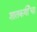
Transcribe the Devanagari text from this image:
शातकर्णीचा